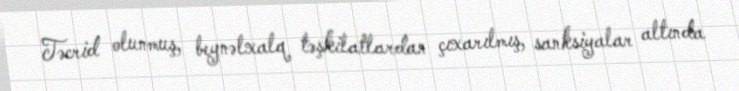
Təcrid olunmuş, beynəlxalq təşkilatlardan çıxarılmış, sanksiyalar altında